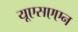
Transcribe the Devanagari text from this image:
यूएसएएन